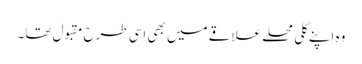
وہ اپنے گلی محلے علاقے میں بھی اسی طرح مقبول تھا۔